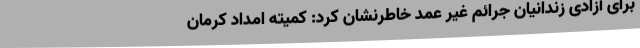
برای آزادی زندانیان جرائم غیر عمد خاطرنشان کرد: کمیته امداد کرمان